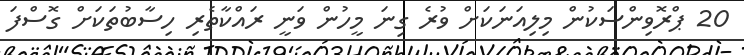
20 ޕްރޮވިންސަކުން މިލިއަނަކަށް ވުރެ ގިނަ މީހުން ވަނީ ރައްކާތެރި ހިސާބުތަކަށް ގޮސްފަ